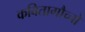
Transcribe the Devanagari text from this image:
कवितागौच्चो